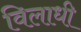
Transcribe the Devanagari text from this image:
विलाधी